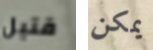
قتيل يمكن